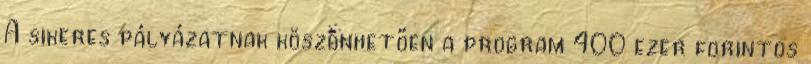
A sikeres pályázatnak köszönhetően a program 400 ezer forintos